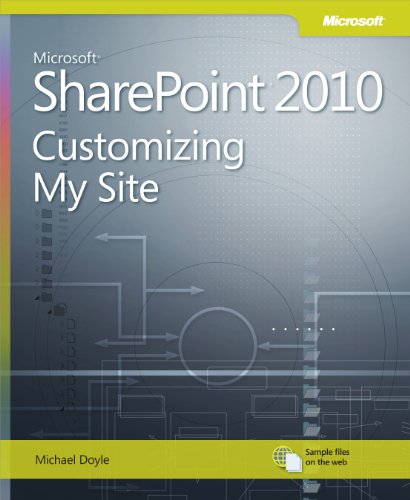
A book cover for Microsoft SharePoint 2010: Customizing My Site: Harness the Power of Social Computing in Microsoft SharePoint! (Business Skills); Michael Doyle; Computers & Technology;